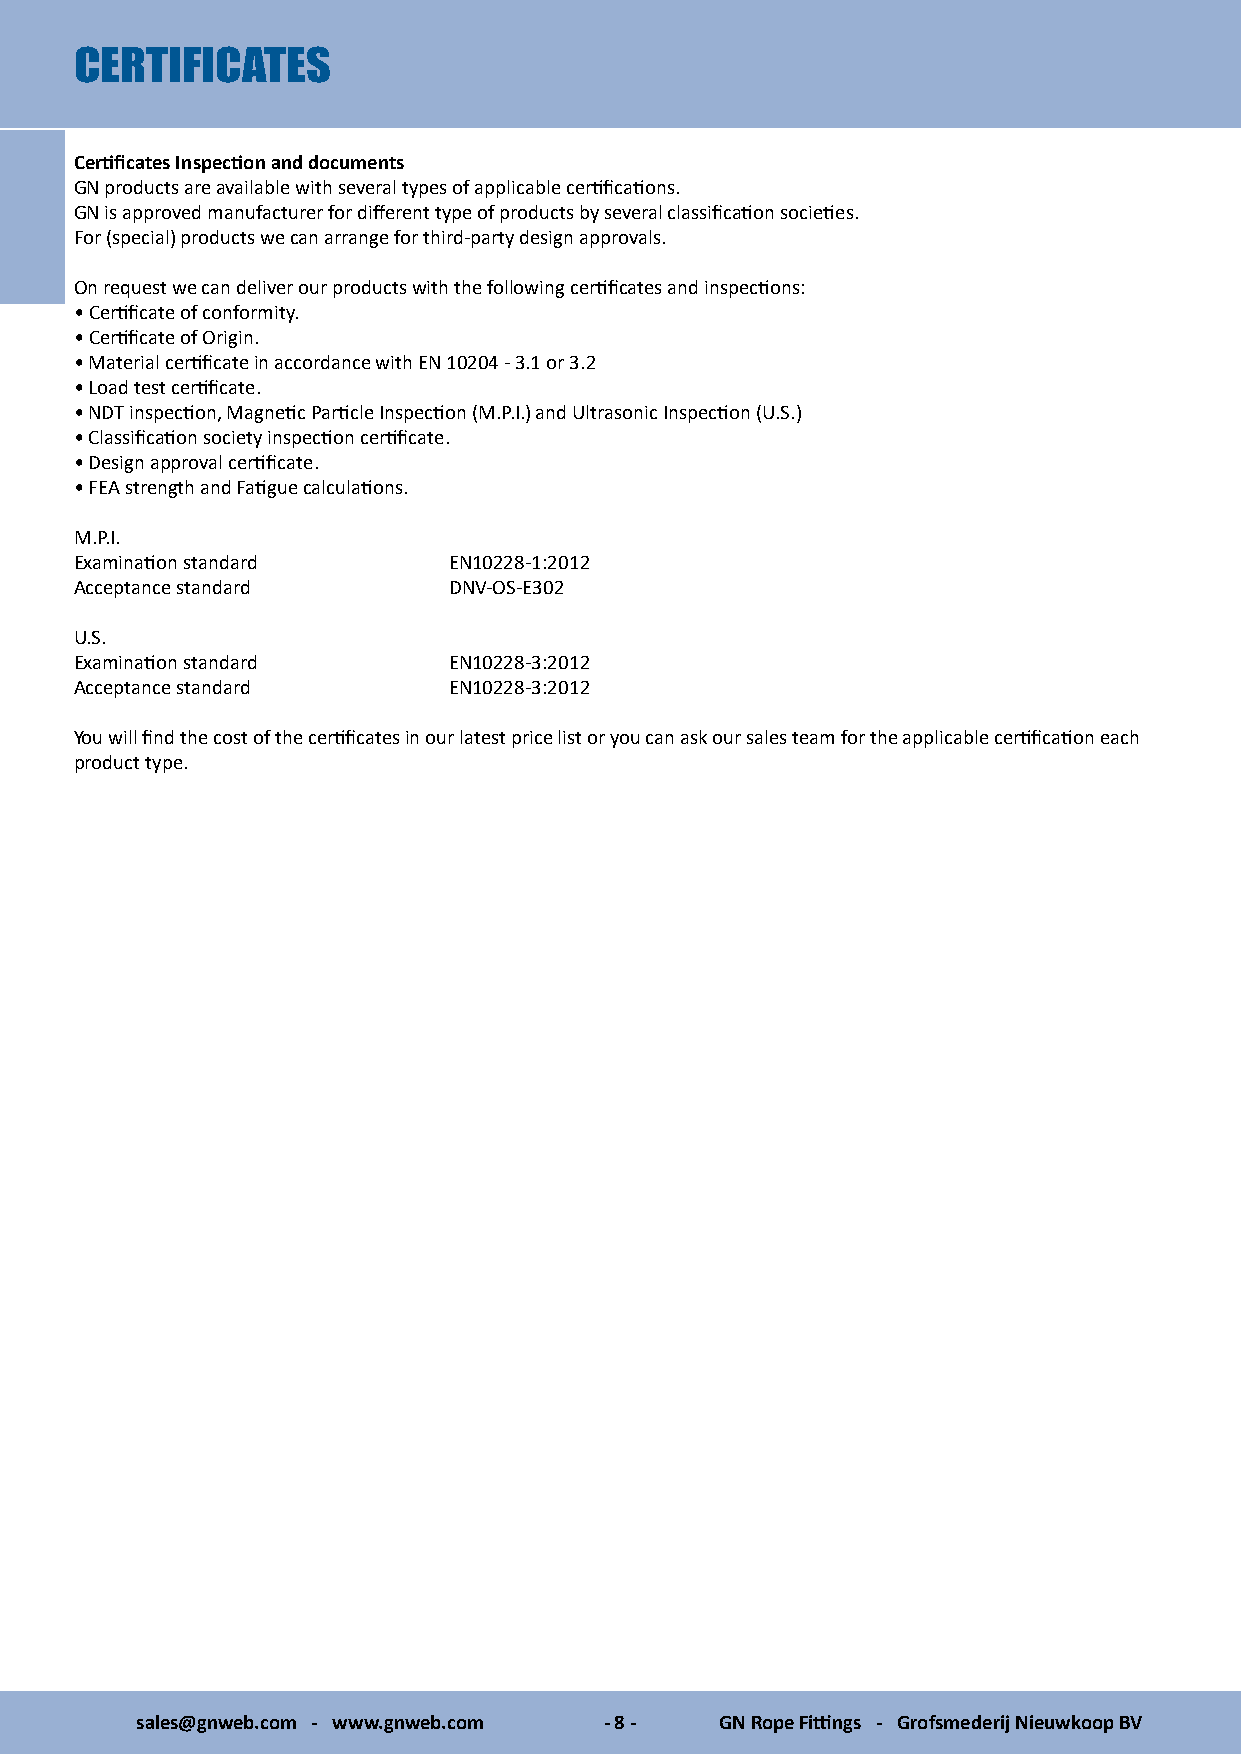
CERTIFICATES
 Certificates Inspection and documents
 GN products are available with several types of applicable certifications.
 GN is approved manufacturer for different type of products by several classification societies.
 For (special) products we can arrange for third-party design approvals.
 On request we can deliver our products with the following certificates and inspections:
 • Certificate of conformity.
 • Certificate of Origin.
 • Material certificate in accordance with EN 10204 - 3.1 or 3.2
 • Load test certificate.
 • NDT inspection, Magnetic Particle Inspection (M.P.I.) and Ultrasonic Inspection (U.S.)
 • Classification society inspection certificate.
 • Design approval certificate.
 • FEA strength and Fatigue calculations.
 M.P.I.
 Examination standard     EN10228-1:2012
 Acceptance standard      DNV-OS-E302
 U.S.
 Examination standard     EN10228-3:2012
 Acceptance standard      EN10228-3:2012
 You will find the cost of the certificates in our latest price list or you can ask our sales team for the applicable certification each
 product type.
 sales@gnweb.com - www.gnweb.com - 8 -  GN Rope Fittings - Grofsmederij Nieuwkoop BV